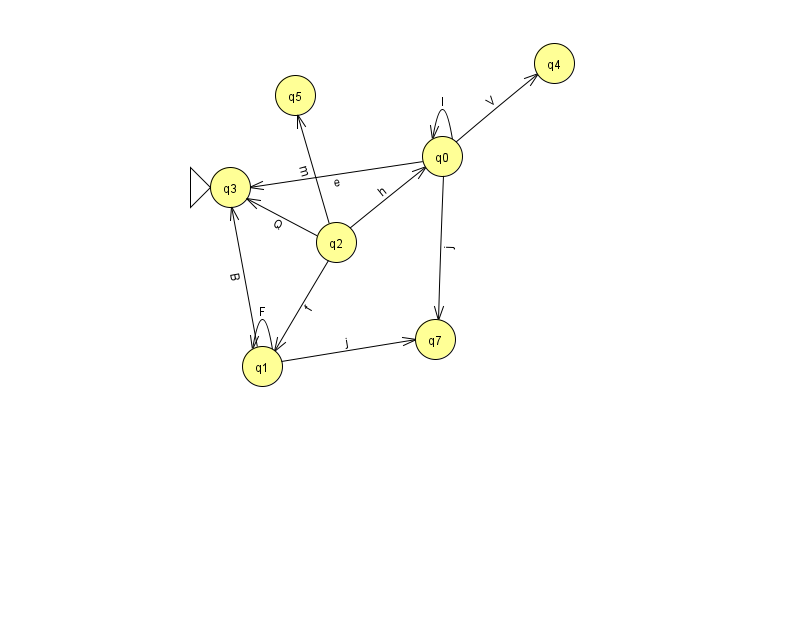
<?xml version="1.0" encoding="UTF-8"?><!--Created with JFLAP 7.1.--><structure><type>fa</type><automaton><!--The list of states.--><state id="0" name="q0"><x>442.0</x><y>143.0</y></state><state id="1" name="q1"><x>262.0</x><y>353.0</y></state><state id="2" name="q2"><x>336.0</x><y>229.0</y></state><state id="3" name="q3"><x>230.0</x><y>174.0</y><initial/></state><state id="4" name="q4"><x>554.0</x><y>50.0</y></state><state id="5" name="q5"><x>295.0</x><y>82.0</y></state><state id="7" name="q7"><x>435.0</x><y>326.0</y></state><!--The list of transitions.--><transition><from>1</from><to>7</to><read>j</read></transition><transition><from>0</from><to>3</to><read>e</read></transition><transition><from>0</from><to>4</to><read>V</read></transition><transition><from>1</from><to>1</to><read>F</read></transition><transition><from>2</from><to>3</to><read>Q</read></transition><transition><from>2</from><to>5</to><read>m</read></transition><transition><from>2</from><to>1</to><read>f</read></transition><transition><from>1</from><to>3</to><read>B</read></transition><transition><from>0</from><to>7</to><read>j</read></transition><transition><from>0</from><to>0</to><read>l</read></transition><transition><from>2</from><to>0</to><read>h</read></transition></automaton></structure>